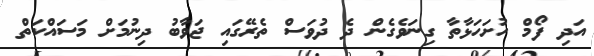
އަދި ފޯމް ހުށަހަޅާތާ ގިނަވެގެން ދެ ދުވަސް ތެރޭގައި ޖަވާބު ދިނުމަށް މަސައްކަތް